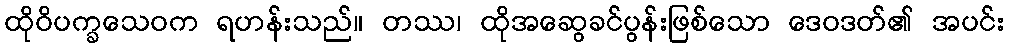
ထိုဝိပက္ခသေဝက ရဟန်းသည်။ တဿ၊ ထိုအဆွေခင်ပွန်းဖြစ်သော ဒေဝဒတ်၏ အပင်း